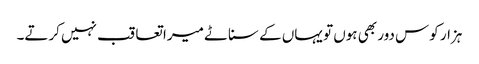
ہزار کوس دور بھی ہوں تو یہاں کے سناٹے میرا تعاقب نہیں کرتے۔